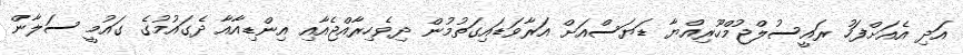
އަދި އެއަށްފަހު ރައީސުލްޖުމްހޫރިއްޔާ ޑަޔަސްއަށް އަރާވަޑައިގަތުމުން ދިވެހިރާއްޖެއާއި އިންޑިއާއާ ދެގައުމުގެ ގައުމީ ސަލާން